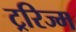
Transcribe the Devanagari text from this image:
ट्ररिज्म